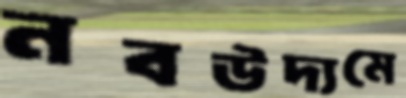
নবউদ্যমে